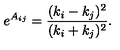
e ^ { A _ { i j } } = { \frac { ( k _ { i } - k _ { j } ) ^ { 2 } } { ( k _ { i } + k _ { j } ) ^ { 2 } } } .